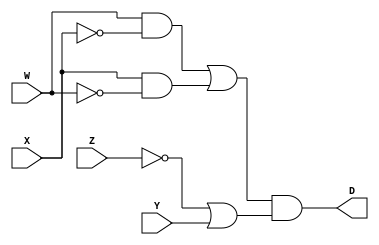
//Verilog HDL code for pre midterm Problem 12
//Made by: Jhury Kevin P. Lastre

module Problem12 (W, X, Y, Z, D);

	input W, X, Y, Z;
	output D;
	
	wire s1, s2, s3, s4, s5, s6, s7;
	
	not G1 (s1, Z);
	or  G2 (s2, s1, Y);
	not G3 (s3, X);
	and G4 (s4, W, s3);
	not G5 (s5, W);
	and G6 (s6, X, s5);
	or  G7 (s7, s4, s6);
	and G8 (D, s7, s2);

endmodule